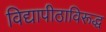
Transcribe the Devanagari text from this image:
विद्यापीठाविरूद्ध